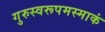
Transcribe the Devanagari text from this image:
गुरुस्वरूपमस्माकं